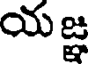
యజ్ఞ